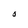
Character: O